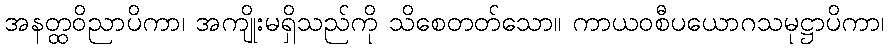
အနတ္ထဝိညာပိကာ၊ အကျိုးမရှိသည်ကို သိစေတတ်သော။ ကာယဝစီပယောဂသမုဋ္ဌာပိကာ၊